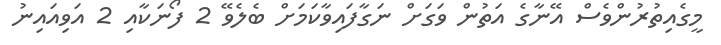
މީގެއިތުރުންވެސް އޭނާގެ އަތުން ވަގަށް ނަގާފައިވާކަމަށް ބެލެވޭ 2 ފޯނަކާއި 2 އަވިއައިނު